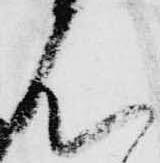
は